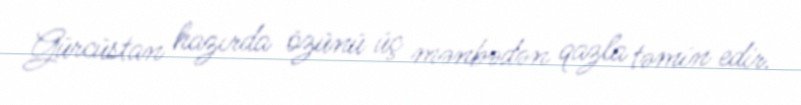
Gürcüstan hazırda özünü üç mənbədən qazla təmin edir.